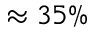
\approx 3 5 \%